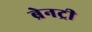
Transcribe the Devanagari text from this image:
ब्रेनट्री